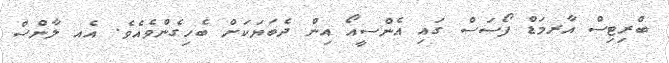
ބްރިޓިސް އާރމަޑް ފޯސަސް ގައި އެންސީއޯ އިން ދެބަޔަކަށް ބެހިގެންވެއެވެ. އެއ ލާންސް